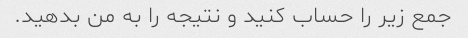
جمع زیر را حساب کنید و نتیجه را به من بدهید.